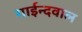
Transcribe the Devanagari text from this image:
गाईन्दवाल